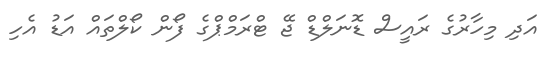
އަދި މިހާރުގެ ރައީސް ޑޮނަލްޑް ޖޭ ޓްރަމްޕްގެ ފޯން ކޯލްތައް އަޑު އެހި